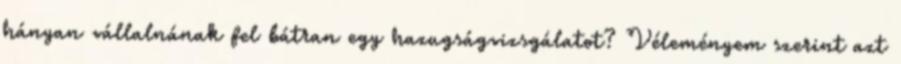
hányan vállalnának fel bátran egy hazugságvizsgálatot? Véleményem szerint azt